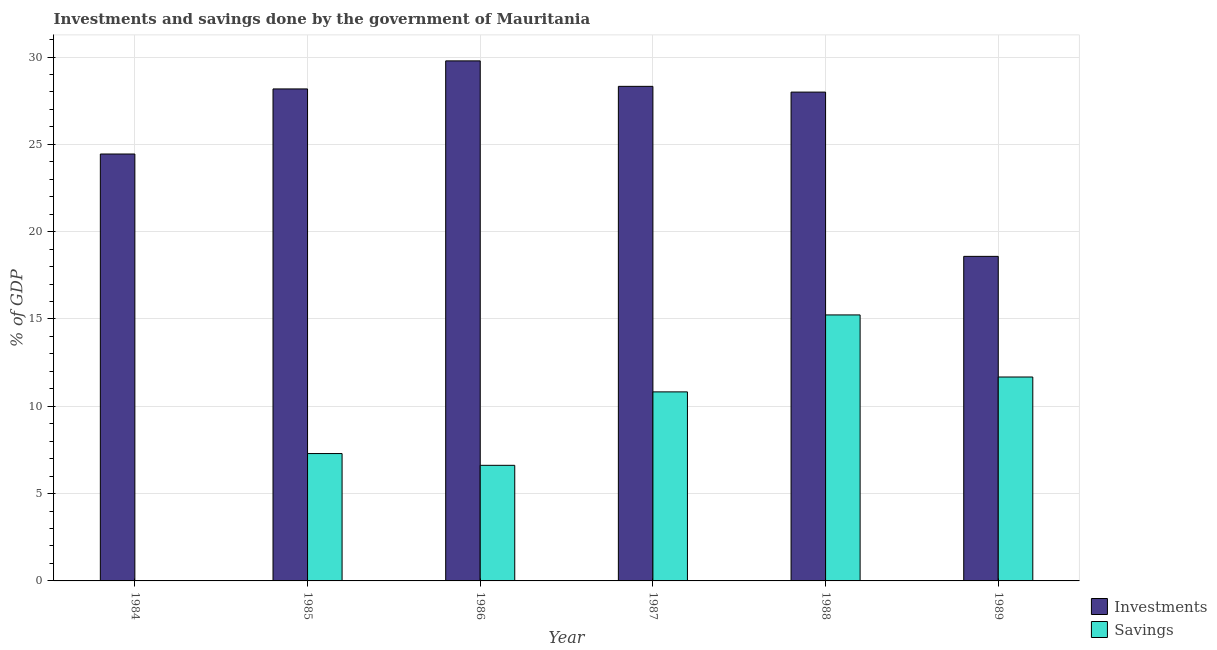
| Year | Investments | Savings |
 | --- | --- | --- |
 | 1984 | 24.4 | -3.1 |
 | 1985 | 28.2 | 7.29 |
 | 1986 | 29.8 | 6.62 |
 | 1987 | 28.3 | 10.8 |
 | 1988 | 28 | 15.2 |
 | 1989 | 18.6 | 11.7 |